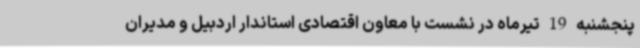
پنجشنبه 19 تیرماه در نشست با معاون اقتصادی استاندار اردبیل و مدیران